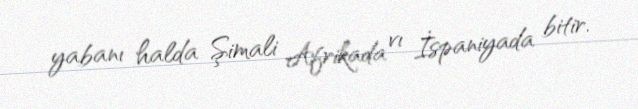
yabanı halda Şimali Afrikada vı İspaniyada bitir.